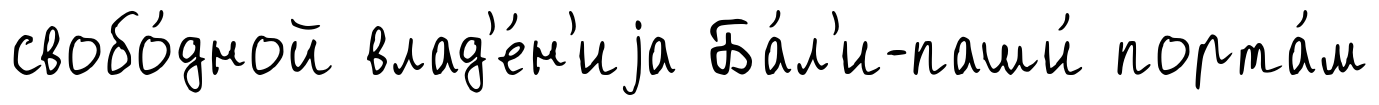
свобо́дной влад'е́н'иjа Ба́л'и-паши́ порта́м